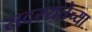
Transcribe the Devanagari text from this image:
सदस्यतेच्या